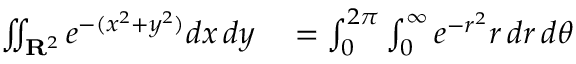
\begin{array} { r l r l } { \iint _ { \mathbf { R } ^ { 2 } } e ^ { - ( x ^ { 2 } + y ^ { 2 } ) } d x \, d y } & { { } = \int _ { 0 } ^ { 2 \pi } \int _ { 0 } ^ { \infty } e ^ { - r ^ { 2 } } r \, d r \, d \theta } \end{array}